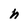
Character: h